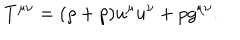
T ^ { \mu \nu } = ( \rho + p ) u ^ { \mu } u ^ { \nu } + p g ^ { \mu \nu } .